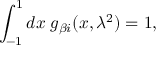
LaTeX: \int _ { - 1 } ^ { 1 } d x \; g _ { \beta i } ( x , \lambda ^ { 2 } ) = 1 ,